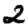
Digit: 2